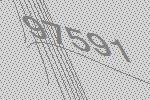
97591